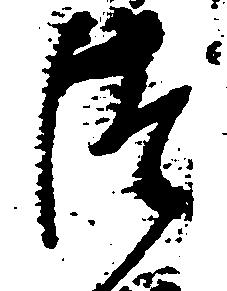
つ